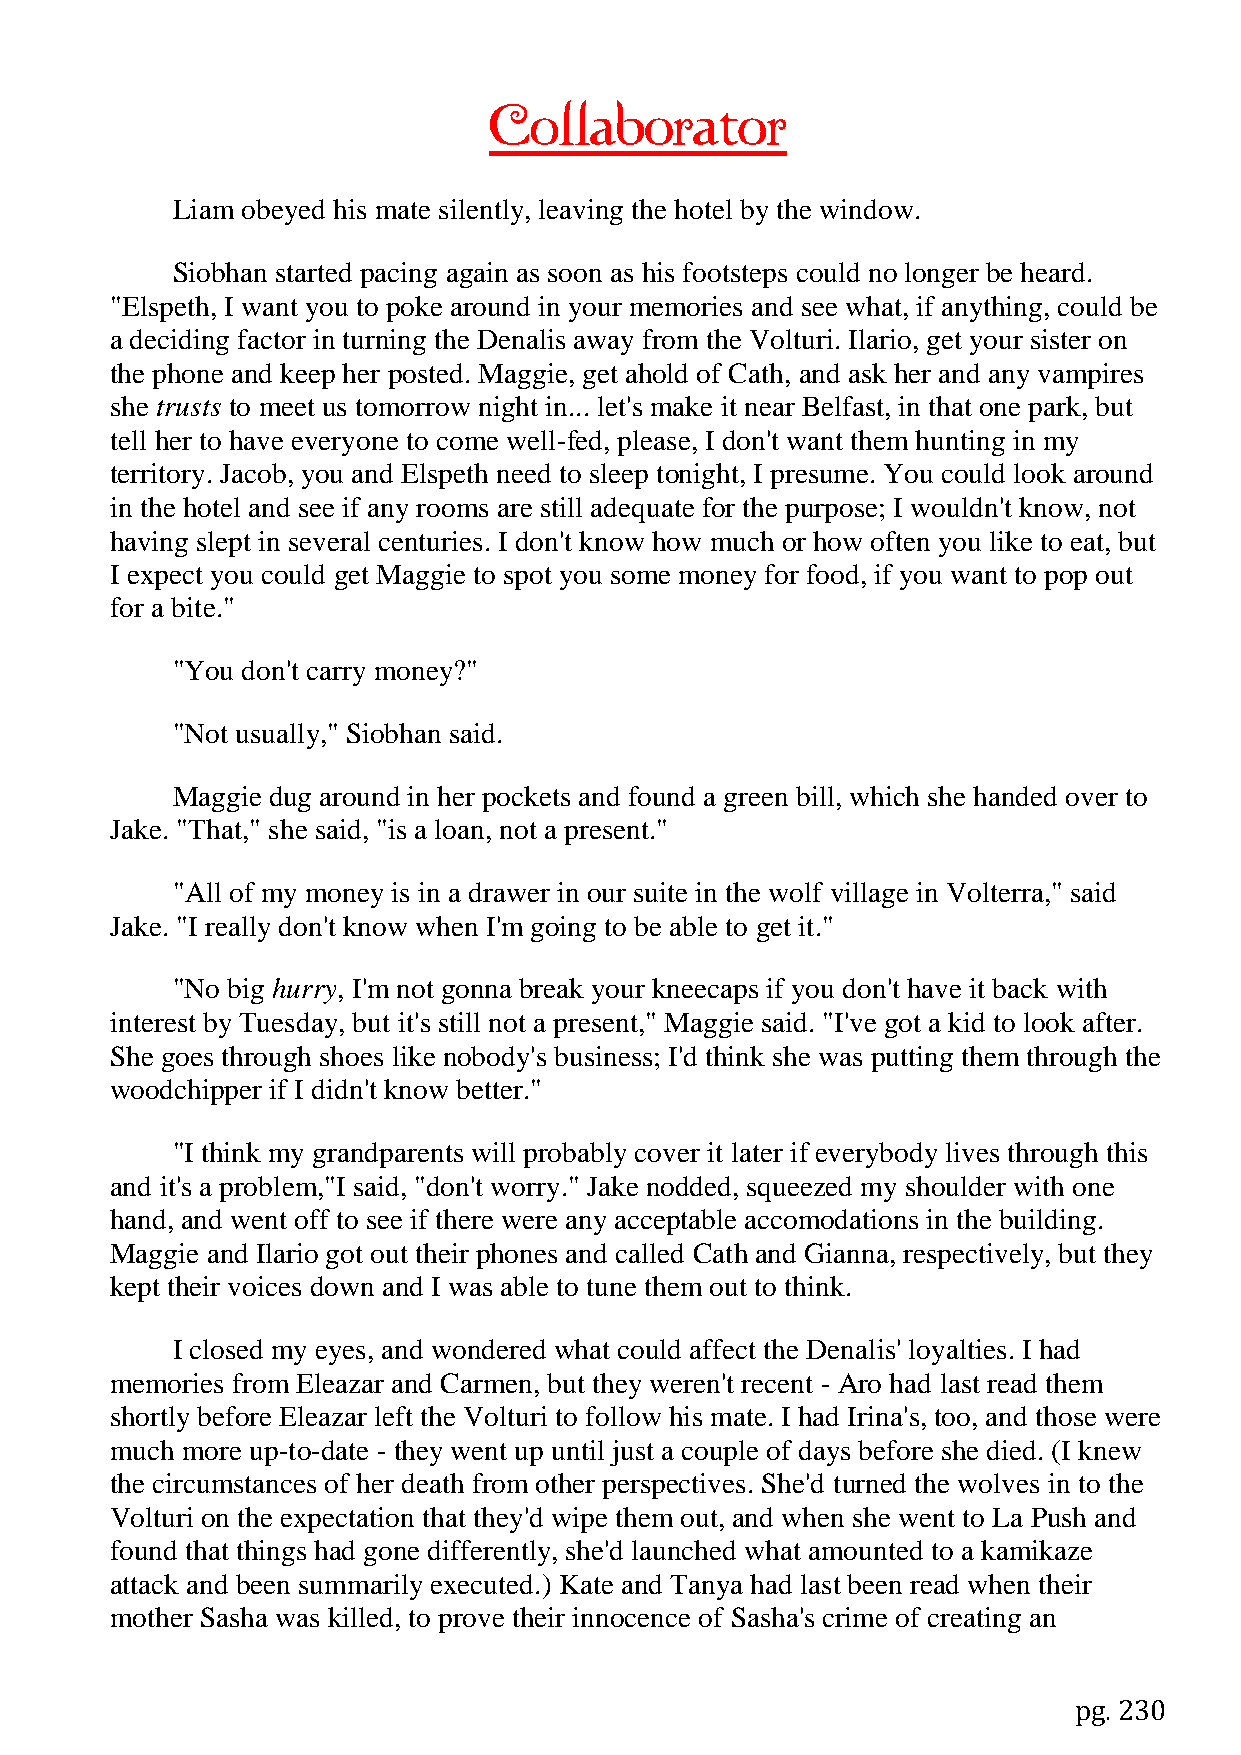
Collaborator
 Liam obeyed his mate silently, leaving the hotel by the window.
 Siobhan started pacing again as soon as his footsteps could no longer be heard.
 "Elspeth, I want you to poke around in your memories and see what, if anything, could be
 a deciding factor in turning the Denalis away from the Volturi. Ilario, get your sister on
 the phone and keep her posted. Maggie, get ahold of Cath, and ask her and any vampires
 she trusts to meet us tomorrow night in... let's make it near Belfast, in that one park, but
 tell her to have everyone to come well-fed, please, I don't want them hunting in my
 territory. Jacob, you and Elspeth need to sleep tonight, I presume. You could look around
 in the hotel and see if any rooms are still adequate for the purpose; I wouldn't know, not
 having slept in several centuries. I don't know how much or how often you like to eat, but
 I expect you could get Maggie to spot you some money for food, if you want to pop out
 for a bite."
 "You don't carry money?"
 "Not usually," Siobhan said.
 Maggie dug around in her pockets and found a green bill, which she handed over to
 Jake. "That," she said, "is a loan, not a present."
 "All of my money is in a drawer in our suite in the wolf village in Volterra," said
 Jake. "I really don't know when I'm going to be able to get it."
 "No big hurry, I'm not gonna break your kneecaps if you don't have it back with
 interest by Tuesday, but it's still not a present," Maggie said. "I've got a kid to look after.
 She goes through shoes like nobody's business; I'd think she was putting them through the
 woodchipper if I didn't know better."
 "I think my grandparents will probably cover it later if everybody lives through this
 and it's a problem,"I said, "don't worry." Jake nodded, squeezed my shoulder with one
 hand, and went off to see if there were any acceptable accomodations in the building.
 Maggie and Ilario got out their phones and called Cath and Gianna, respectively, but they
 kept their voices down and I was able to tune them out to think.
 I closed my eyes, and wondered what could affect the Denalis' loyalties. I had
 memories from Eleazar and Carmen, but they weren't recent - Aro had last read them
 shortly before Eleazar left the Volturi to follow his mate. I had Irina's, too, and those were
 much more up-to-date - they went up until just a couple of days before she died. (I knew
 the circumstances of her death from other perspectives. She'd turned the wolves in to the
 Volturi on the expectation that they'd wipe them out, and when she went to La Push and
 found that things had gone differently, she'd launched what amounted to a kamikaze
 attack and been summarily executed.) Kate and Tanya had last been read when their
 mother Sasha was killed, to prove their innocence of Sasha's crime of creating an
 pg. 230